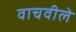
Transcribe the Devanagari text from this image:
वाचवीले